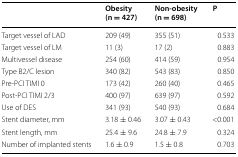
<table><thead><tr><td></td><td><b>Obesity (n = 427)</b></td><td><b>Non-obesity (n = 698)</b></td><td><b>P</b></td></tr></thead><tbody><tr><td>Target vessel of LAD</td><td>209 (49)</td><td>355 (51)</td><td>0.533</td></tr><tr><td>Target vessel of LM</td><td>11 (3)</td><td>17 (2)</td><td>0.883</td></tr><tr><td>Multivessel disease</td><td>254 (60)</td><td>414 (59)</td><td>0.954</td></tr><tr><td>Type B2/C lesion</td><td>340 (82)</td><td>543 (83)</td><td>0.850</td></tr><tr><td>Pre-PCI TIMI 0</td><td>173 (42)</td><td>260 (40)</td><td>0.465</td></tr><tr><td>Post-PCI TIMI 2/3</td><td>400 (97)</td><td>639 (97)</td><td>0.592</td></tr><tr><td>Use of DES</td><td>341 (93)</td><td>540 (93)</td><td>0.684</td></tr><tr><td>Stent diameter, mm</td><td>3.18 ± 0.46</td><td>3.07 ± 0.43</td><td>&lt;0.001</td></tr><tr><td>Stent length, mm</td><td>25.4 ± 9.6</td><td>24.8 ± 7.9</td><td>0.324</td></tr><tr><td>Number of implanted stents</td><td>1.6 ± 0.9</td><td>1.5 ± 0.8</td><td>0.703</td></tr></tbody></table>